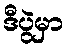
ဒီပွဲမှာ